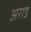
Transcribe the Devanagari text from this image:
अराड